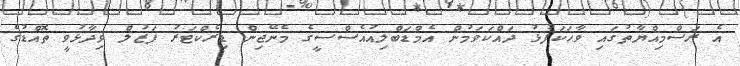
އެ ރަސްމިއްޔާތުގައި ވާހަކަފުޅު ދައްކަވަމުން އެމްޑަބްލިއުއެސްސީގެ މެނޭޖިން ޑިރެކްޓަރު ފަޒުލް ވިދާޅުވީ ތޮއްޑުގެ